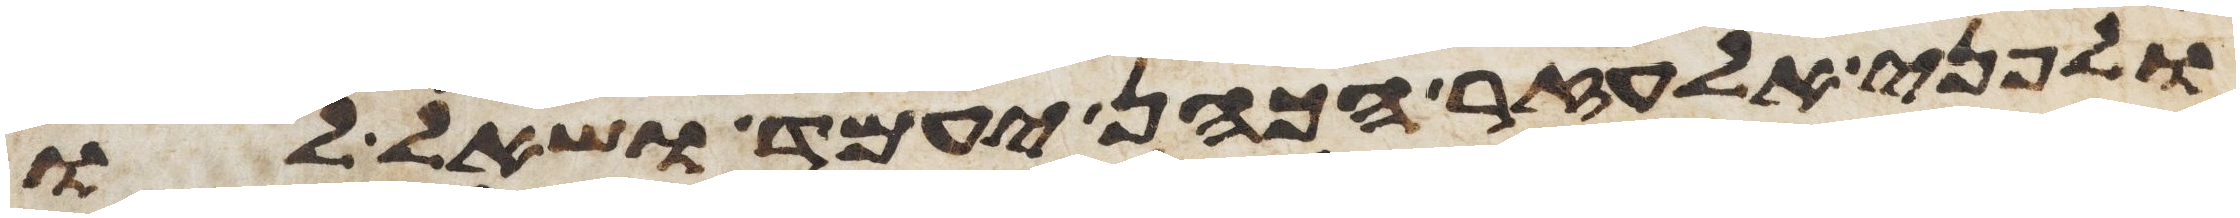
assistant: ולפני אלעזר הכהן יעמד ושאל לו